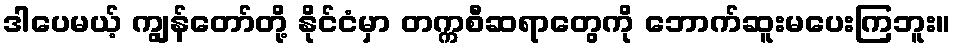
ဒါပေမယ့် ကျွန်တော်တို့ နိုင်ငံမှာ တက္ကစီဆရာတွေကို ဘောက်ဆူးမပေးကြဘူး။